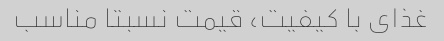
غذای با کیفیت، قیمت نسبتا مناسب